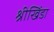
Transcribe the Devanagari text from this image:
श्रीखिंडा